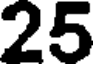
25